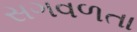
સગવળતા